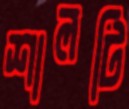
শালটি